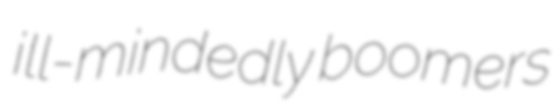
ill-mindedly boomers